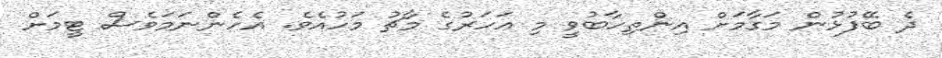
ދެ ބޭފުޅުން މަގާމަށް އިންތިހާބުވީ މި އަހަރުގެ މާޗު މަހުއެވެ. އެހެންނަމަވެސް ޓީމަށް